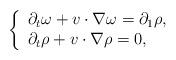
LaTeX: \begin{align*}\left\{ \begin{array}{ll}\partial_{t}\omega+v\cdot\nabla\omega =\partial_1\rho, &\\\partial_{t}\rho+v\cdot\nabla\rho =0, &\end{array} \right. \end{align*}